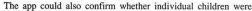
The app could also eontirm whether indiviciual children were